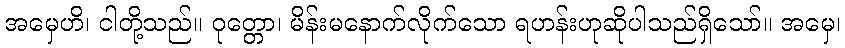
အမှေဟိ၊ ငါတို့သည်။ ဝုတ္တော၊ မိန်းမနောက်လိုက်သော ရဟန်းဟုဆိုပါသည်ရှိသော်။ အမှေ၊